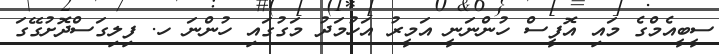
ސީބީއެމްގެ މައި އޮފީސް ހުންނަނީ އަމީރު އަހުމަދު މަގުގައި ހުންނަ ހ. ފިލިގަސްދޮށުގޭގަ